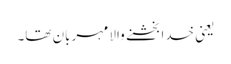
یعنی خدا بخشنے والا مہربان تھا۔